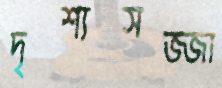
দৃশ্যসজ্জা